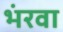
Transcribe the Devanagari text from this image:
भंरवा